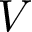
V